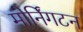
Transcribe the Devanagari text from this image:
मोर्निंगटन